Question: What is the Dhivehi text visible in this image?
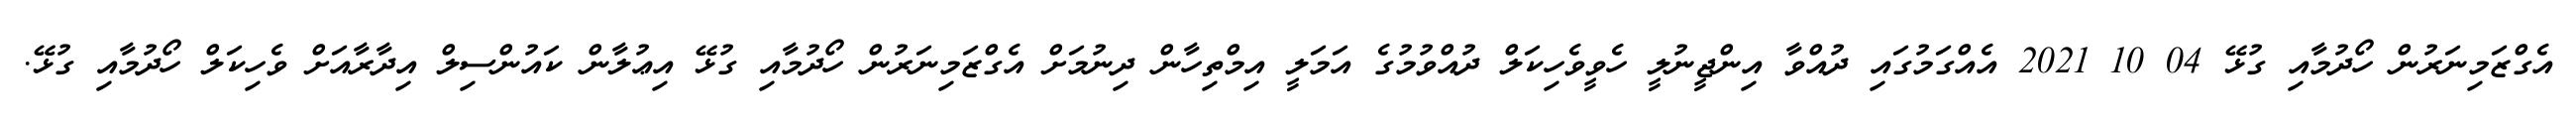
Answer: އެގްޒަމިނަރުން ހޯދުމާއި ގުޅޭ 04 10 2021 އެއްގަމުގައި ދުއްވާ އިންޖީނުލީ ހެވީވެހިކަލް ދުއްވުމުގެ އަމަލީ އިމްތިހާން ދިނުމަށް އެގްޒަމިނަރުން ހޯދުމާއި ގުޅޭ އިޢުލާން ކައުންސިލް އިދާރާއަށް ވެހިކަލް ހޯދުމާއި ގުޅޭ.